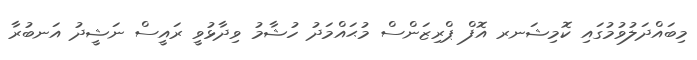
މިބައްދަލުވުމުގައި ކޮމިޝަނރ އޮފް ޕްރިޒަންސް މުޙައްމަދު ހުޝާމު ވިދާޅުވީ ރައީސް ނަޝީދު އަނބުރާ